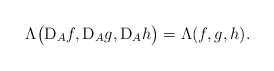
\begin{align*}\Lambda\big(\textup{D}_A f, \textup{D}_A g, \textup{D}_A h\big) = \Lambda(f,g,h).\end{align*}